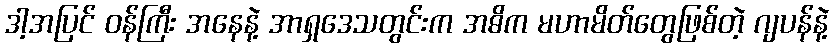
ဒါ့အပြင် ဝန်ကြီး အနေနဲ့ အာရှဒေသတွင်းက အဓိက မဟာမိတ်တွေဖြစ်တဲ့ ဂျပန်နဲ့